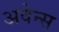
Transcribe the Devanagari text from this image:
अवेन्स